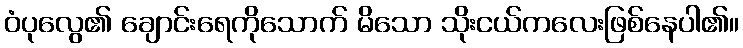
ဝံပုလွေ၏ ချောင်းရေကိုသောက် မိသော သိုးငယ်ကလေးဖြစ်နေပါ၏။